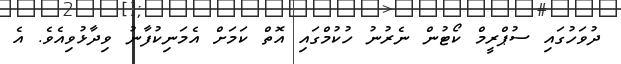
ދުވަހުގައި ސުޕްރީމް ކޯޓުން ނެރުނު ހުކުމްގައި އޮތް ކަމަށް އެމަނިކުފާނު ވިދާޅުވިއެވެ. އެ